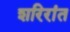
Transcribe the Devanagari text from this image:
शरिरांत